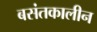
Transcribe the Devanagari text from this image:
बसंतकालीन